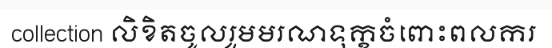
collection លិខិតចូលរួមមរណទុក្ខចំពោះពលករ